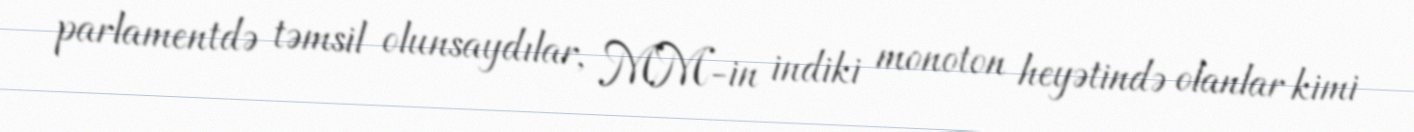
parlamentdə təmsil olunsaydılar, MM-in indiki monoton heyətində olanlar kimi